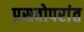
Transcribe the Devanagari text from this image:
प्रसवोपरांत